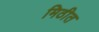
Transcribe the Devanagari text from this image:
मिठीत